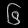
Digit: ၆